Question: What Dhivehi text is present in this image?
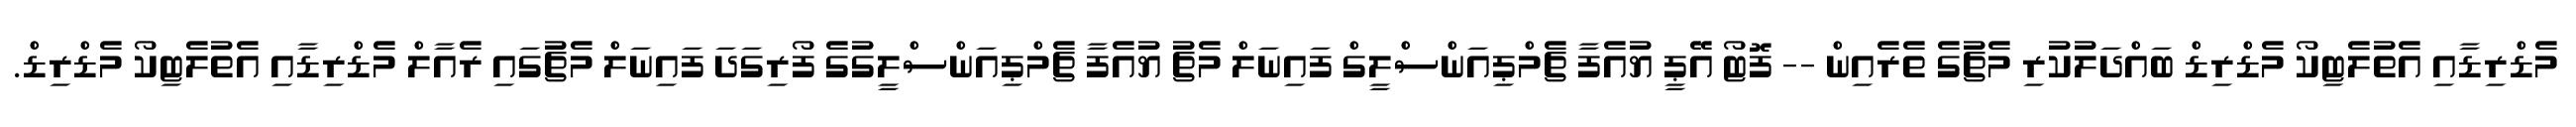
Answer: މެޑްރިޑާއި އެތުލެޓިކޯ މެޑްރިޑް ބައްދަލުކުރި މެޗުގެ ތެރެއިން -- ފޮޓޯ އޭޕީ ޔުއެފާ ޗެމްޕިއަންސްލީގް ފައިނަލް މެޗު ޔުއެފާ ޗެމްޕިއަންސްލީގުގެ ފޯރިގަދަ ފައިނަލް މެޗުގައި ރެއާލް މެޑްރިޑާއި އެތުލެޓިކޯ މެޑްރިޑް.